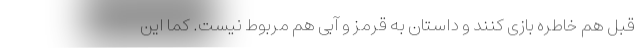
قبل هم خاطره بازی کنند و داستان به قرمز و آبی هم مربوط نیست. کما این